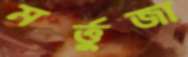
মর্ত্তুজা